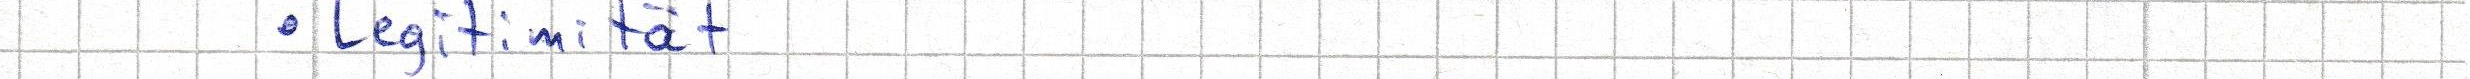
Legitimität